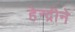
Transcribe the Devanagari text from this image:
हेन्द्रीने